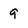
Character: 9